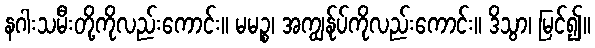
နဂါးသမီးတို့ကိုလည်းကောင်း။ မမဉ္စ၊ အကျွန်ုပ်ကိုလည်းကောင်း။ ဒိသွာ၊ မြင်၍။